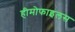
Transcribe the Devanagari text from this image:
हीमोफाइलस